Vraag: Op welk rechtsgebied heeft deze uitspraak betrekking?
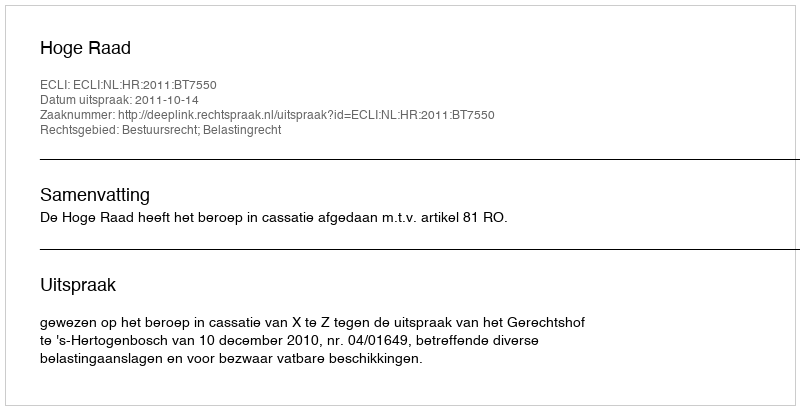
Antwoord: Bestuursrecht; Belastingrecht